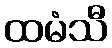
ထမံသီ